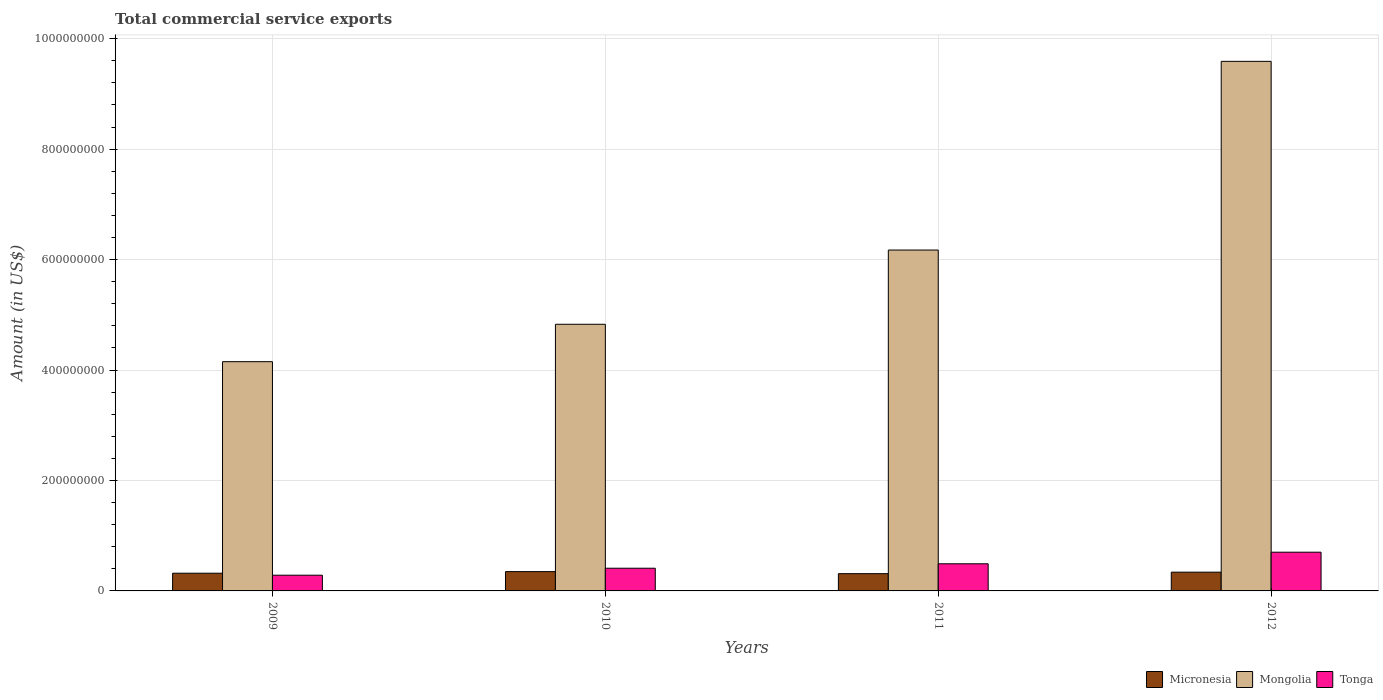
| Years | Micronesia | Mongolia | Tonga |
 | --- | --- | --- | --- |
 | 2009 | 3.21e+07 | 4.15e+08 | 2.85e+07 |
 | 2010 | 3.5e+07 | 4.83e+08 | 4.11e+07 |
 | 2011 | 3.13e+07 | 6.17e+08 | 4.91e+07 |
 | 2012 | 3.4e+07 | 9.59e+08 | 7.01e+07 |